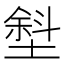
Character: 㙦